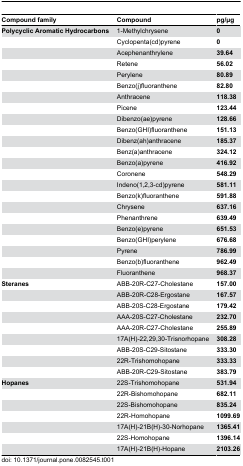
<table><thead><tr><td><b>Compound family</b></td><td><b>Compound</b></td><td><b>pg/μg</b></td></tr></thead><tbody><tr><td><b>Polycyclic Aromatic Hydrocarbons</b></td><td>1-Methylchrysene</td><td><b>0</b></td></tr><tr><td></td><td>Cyclopenta(cd)pyrene</td><td><b>0</b></td></tr><tr><td></td><td>Acephenanthrylene </td><td><b>39.64</b></td></tr><tr><td></td><td>Retene</td><td><b>56.02</b></td></tr><tr><td></td><td>Perylene</td><td><b>80.89</b></td></tr><tr><td></td><td>Benzo(j)fluoranthene </td><td><b>82.80</b></td></tr><tr><td></td><td>Anthracene</td><td><b>118.38</b></td></tr><tr><td></td><td>Picene</td><td><b>123.44</b></td></tr><tr><td></td><td>Dibenzo(ae)pyrene</td><td><b>128.66</b></td></tr><tr><td></td><td>Benzo(GHI)fluoranthene</td><td><b>151.13</b></td></tr><tr><td></td><td>Dibenz(ah)anthracene</td><td><b>185.37</b></td></tr><tr><td></td><td>Benz(a)anthracene</td><td><b>324.12</b></td></tr><tr><td></td><td>Benzo(a)pyrene</td><td><b>416.92</b></td></tr><tr><td></td><td>Coronene</td><td><b>548.29</b></td></tr><tr><td></td><td>Indeno(1,2,3-cd)pyrene</td><td><b>581.11</b></td></tr><tr><td></td><td>Benzo(k)fluoranthene</td><td><b>591.88</b></td></tr><tr><td></td><td>Chrysene</td><td><b>637.16</b></td></tr><tr><td></td><td>Phenanthrene</td><td><b>639.49</b></td></tr><tr><td></td><td>Benzo(e)pyrene</td><td><b>651.53</b></td></tr><tr><td></td><td>Benzo(GHI)perylene </td><td><b>676.68</b></td></tr><tr><td></td><td>Pyrene</td><td><b>786.99</b></td></tr><tr><td></td><td>Benzo(b)fluoranthene</td><td><b>962.49</b></td></tr><tr><td></td><td>Fluoranthene</td><td><b>968.37</b></td></tr><tr><td><b>Steranes</b></td><td>ABB-20R-C27-Cholestane</td><td><b>157.00</b></td></tr><tr><td></td><td>ABB-20R-C28-Ergostane</td><td><b>167.57</b></td></tr><tr><td></td><td>ABB-20S-C28-Ergostane </td><td><b>179.42</b></td></tr><tr><td></td><td>AAA-20S-C27-Cholestane</td><td><b>232.70</b></td></tr><tr><td></td><td>AAA-20R-C27-Cholestane </td><td><b>255.89</b></td></tr><tr><td></td><td>17A(H)-22,29,30-Trisnorhopane</td><td><b>308.28</b></td></tr><tr><td></td><td>ABB-20S-C29-Sitostane </td><td><b>333.30</b></td></tr><tr><td></td><td>22R-Trishomohopane</td><td><b>333.33</b></td></tr><tr><td></td><td>ABB-20R-C29-Sitostane</td><td><b>383.79</b></td></tr><tr><td><b>Hopanes</b></td><td>22S-Trishomohopane</td><td><b>531.94</b></td></tr><tr><td></td><td>22R-Bishomohopane </td><td><b>682.11</b></td></tr><tr><td></td><td>22S-Bishomohopane </td><td><b>835.24</b></td></tr><tr><td></td><td>22R-Homohopane </td><td><b>1099.69</b></td></tr><tr><td></td><td>17A(H)-21B(H)-30-Norhopane</td><td><b>1365.41</b></td></tr><tr><td></td><td>22S-Homohopane </td><td><b>1396.14</b></td></tr><tr><td></td><td>17A(H)-21B(H)-Hopane</td><td><b>2103.26</b></td></tr></tbody></table>